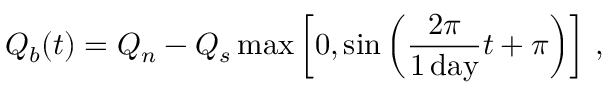
Q _ { b } ( t ) = Q _ { n } - Q _ { s } \operatorname* { m a x } \left[ 0 , \sin \left( \frac { 2 \pi } { 1 \, \mathrm { d a y } } t + \pi \right) \right] \, ,